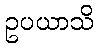
ဥပယာသိ